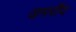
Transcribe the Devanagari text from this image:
जमरौद